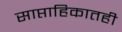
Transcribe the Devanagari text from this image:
साप्ताहिकातही